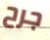
جرح